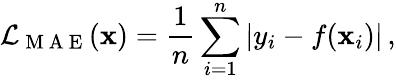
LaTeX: \mathcal{L}_{\mathrm{~M~A~E~}}(\mathbf{x})=\frac{1}{n}\sum_{i=1}^{n}\left|y_{i}-f(\mathbf{x}_{i})\right|\, ,